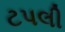
ટપલી